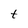
Character: t